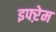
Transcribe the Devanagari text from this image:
इफ्ऱेम